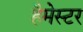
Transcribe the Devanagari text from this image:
हैमेस्टर